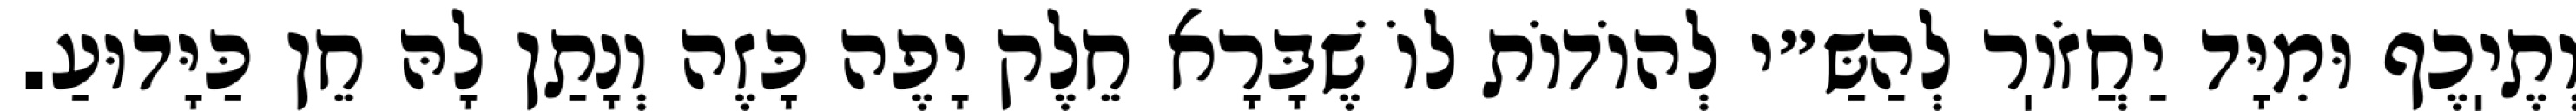
וְתֶיֽכֶף וּמִיָּד יַחֲזֹוֽר לְהַשַּ״י לְהוֹדוֹת לוֹ שֶׁבָּרָא חֵלֶק יָפֶה כָּזֶה וְנָתַן לָהּ חֵן כַּיָּדוּעַ.